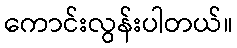
ကောင်းလွန်းပါတယ်။